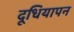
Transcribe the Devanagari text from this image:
दूधियापन